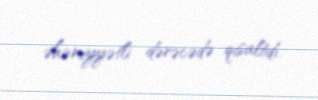
əhəmiyyətli dərəcədə qısaltdı.